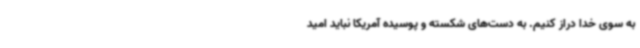
به سوی خدا دراز کنیم. به دست‌های شکسته و پوسیده آمریکا نباید امید